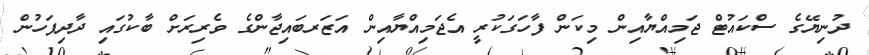
ދުނިޔޭގެ ސްކައުޓް ޖަމިއްޔާއިން މިކަން ފާހަގަކުރީ އެޖަމިއްޔާއިން އަޒަރބައިޖާންގެ ވެރިރަށް ބާކުގައި ދާދިފަހުން